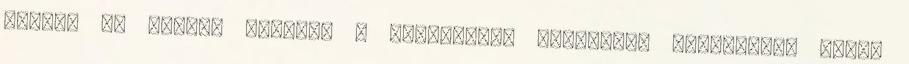
előtt. Az utolsó előadás a hollandiai Aardschok Festivalon volt,